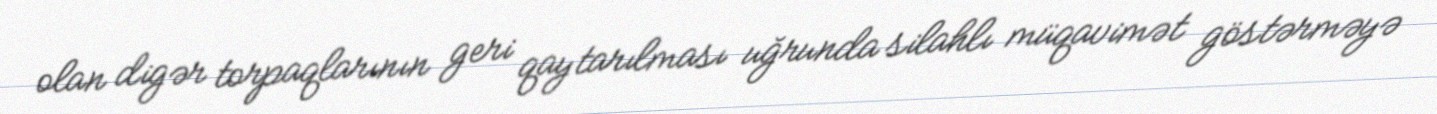
olan digər torpaqlarının geri qaytarılması uğrunda silahlı müqavimət göstərməyə